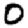
Digit: 0